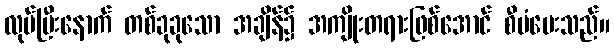
လုပ်ပြီးနောက် တစ်ခုခုသော အချိန်၌ အကျိုးတရားဖြစ်အောင် စီမံပေးသည်။